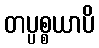
တပ္ပစ္စယာပိ